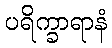
ပရိက္ခာရာနံ